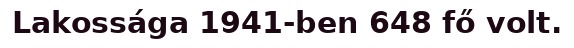
Lakossága 1941-ben 648 fő volt.